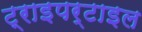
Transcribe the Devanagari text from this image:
ट्राइपर्टाइल